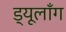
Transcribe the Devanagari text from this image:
ड्यूलाँग